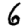
Digit: 6